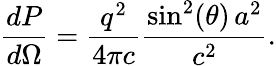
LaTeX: {\frac{dP}{d\Omega}}={\frac{q^{2}}{4\pi c}}{\frac{\sin^{2}(\theta)\, a^{2}}{c^{2}}}.